Eesti_Rahvusfond, lk 48
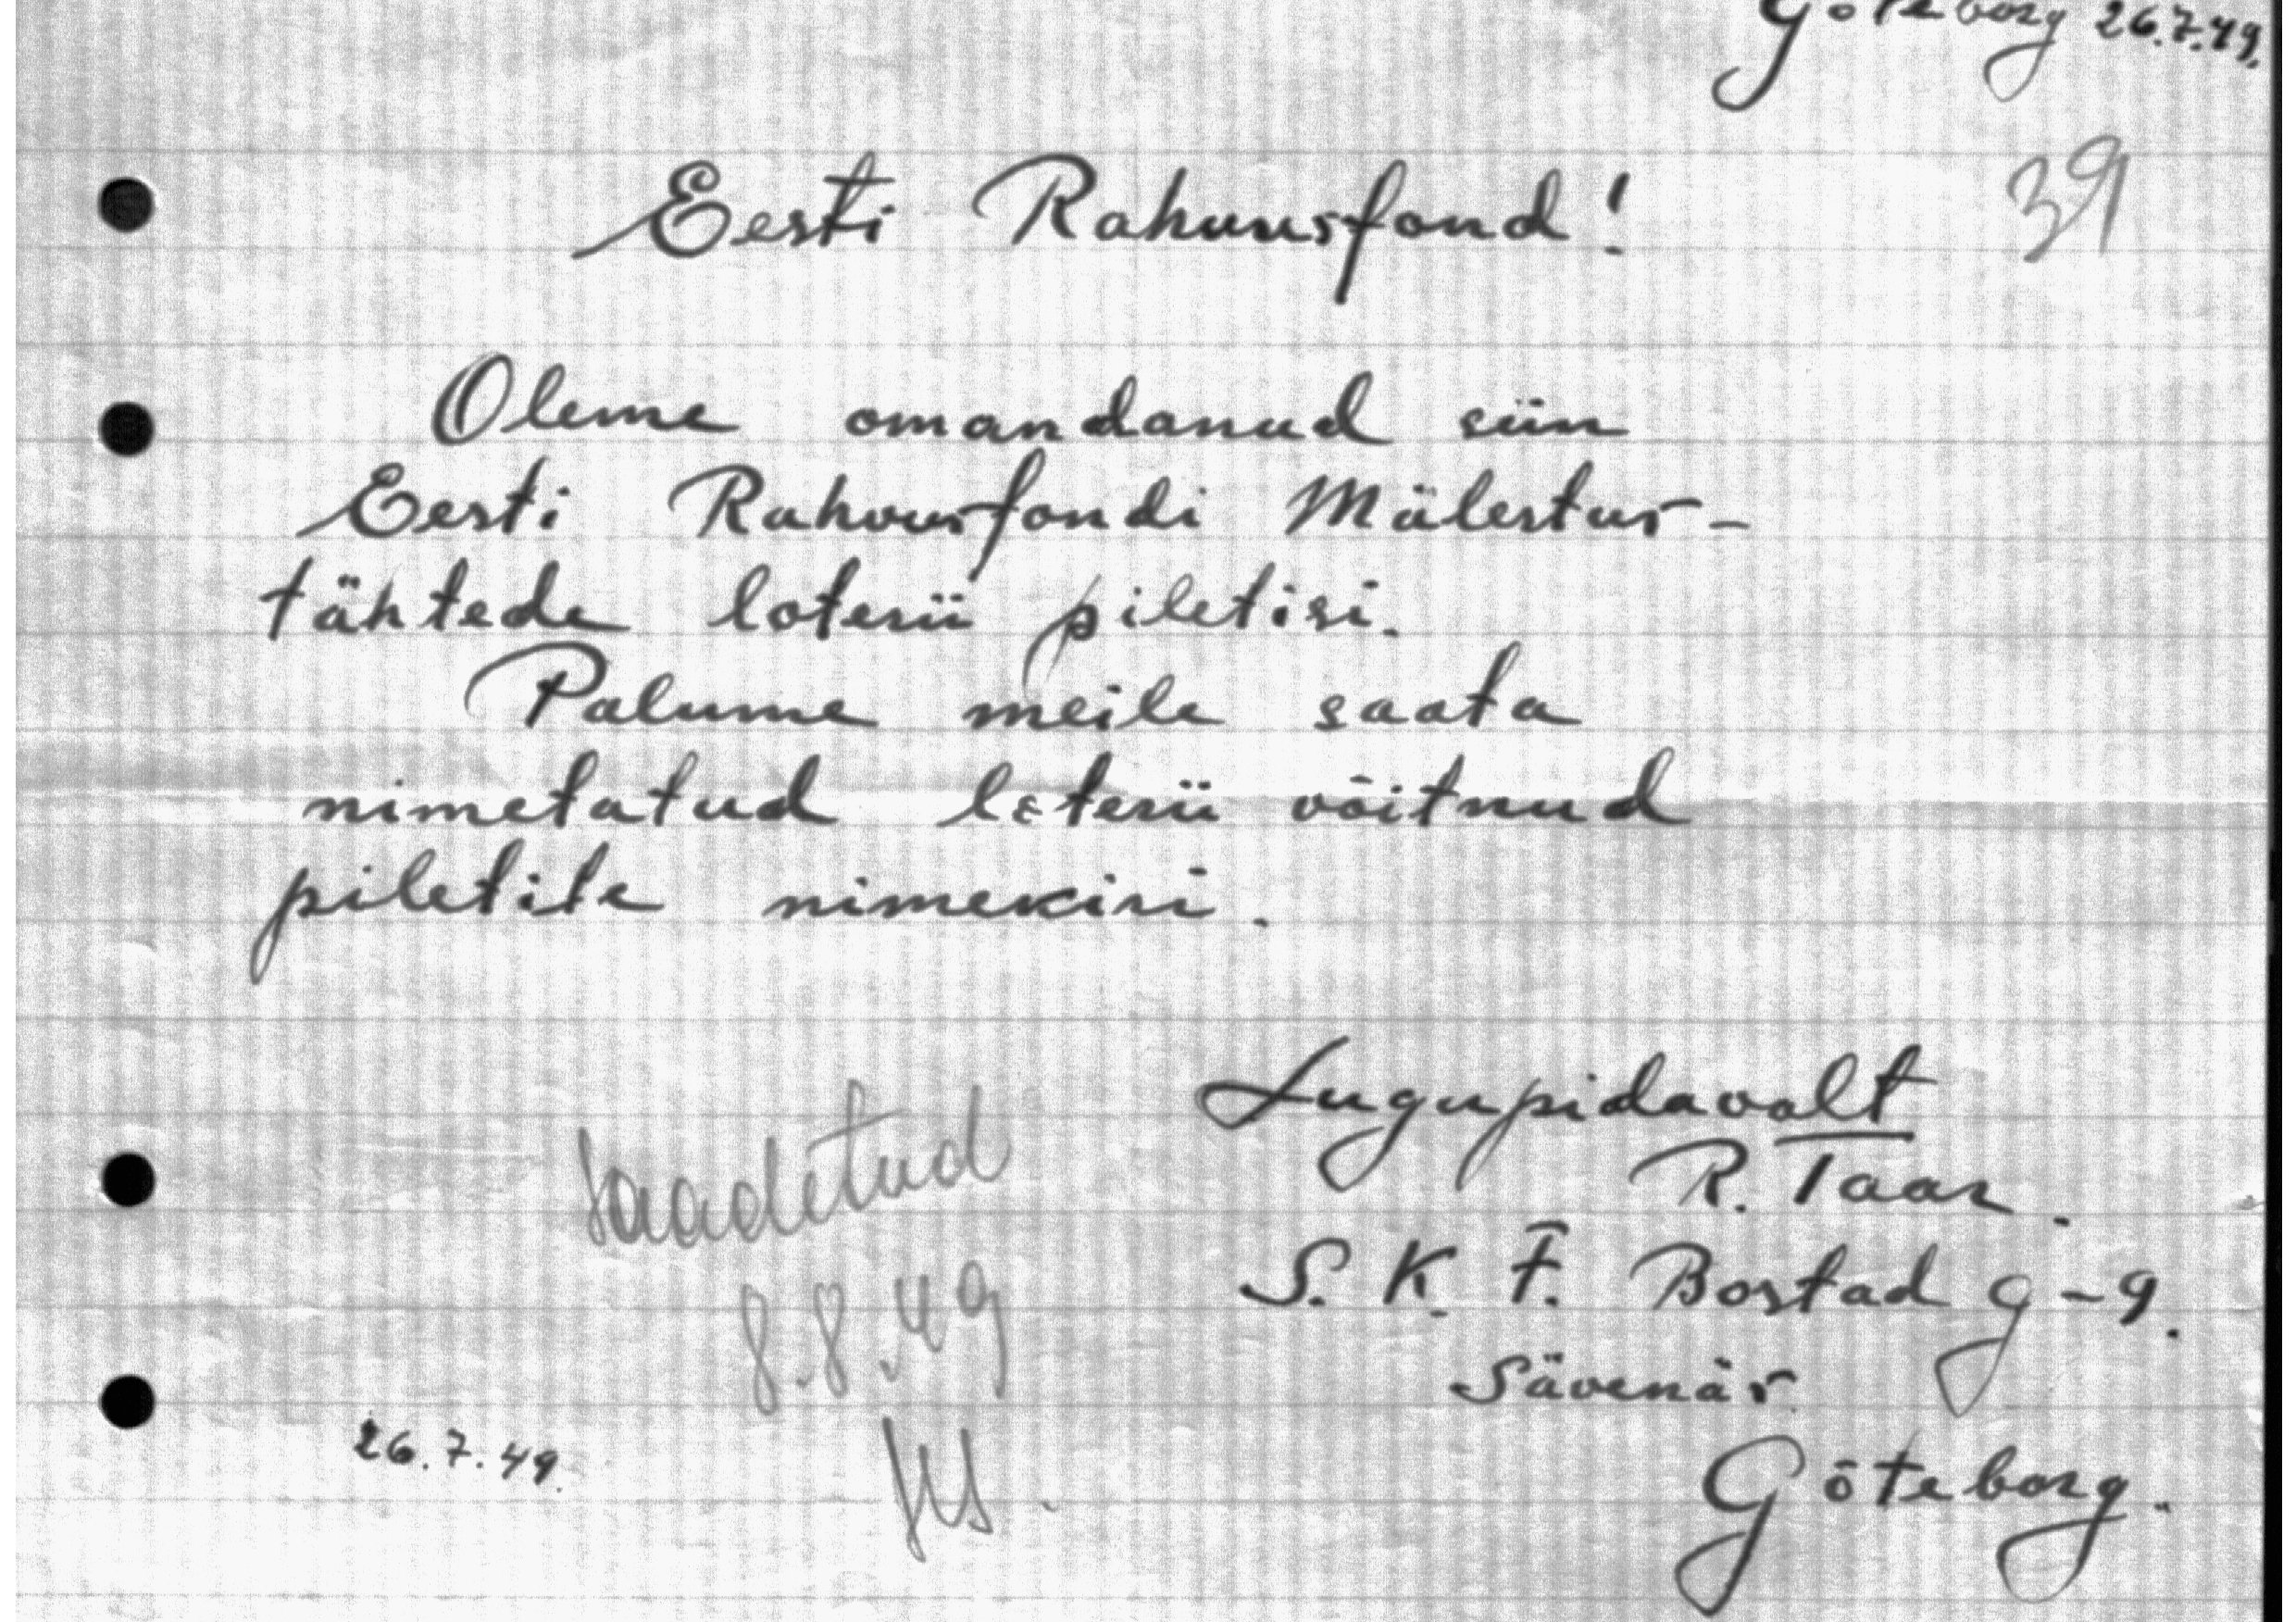
Goteborg 26.7.49.
Eesti Rahvusfond!
Oleme omandanud siin
Eesti Rahvusfondi Mälestus-
tähtede loterii piletisi.
Palume meile saata
nimetatud loterii võitnud.
piletile nimekiri.
saadetud.
Lugupidavalt
R. Taar
8.8.49
S. K. F. Bostad g - 9,
Sävenär
26.7.49
Gõteberg